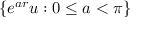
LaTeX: \lbrace e ^ { a r } u : 0 \leq a < \pi \rbrace